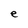
Character: e